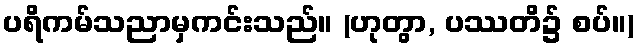
ပရိကမ်သညာမှကင်းသည်။ (ဟုတွာ, ပဿတိ၌ စပ်။)